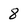
Character: 8